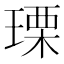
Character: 瑮